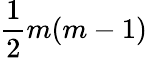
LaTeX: {\frac{1}{2}}m(m-1)